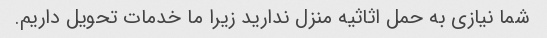
شما نیازی به حمل اثاثیه منزل ندارید زیرا ما خدمات تحویل داریم.